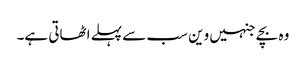
وہ بچے جنہیں وین سب سے پہلے اٹھاتی ہے۔